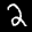
Label: 2